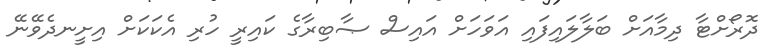
ދޮރޯށްޓާ ދިމާއަށް ބަލާލައިފައި އަވަހަށް އައިސް ޞާބިރާގެ ކައިރީ ހުރި އެކަކަށް އިށީނދެވޭނޭ